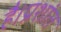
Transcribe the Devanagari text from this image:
है।प्रशांत